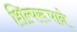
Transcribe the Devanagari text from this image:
शिल्परूपाने